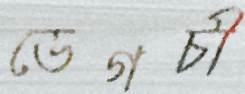
ডেগচী